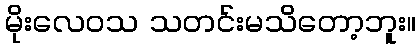
မိုးလေဝသ သတင်းမသိတော့ဘူး။